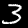
Digit: 3